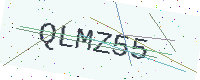
Text: QLMZ55